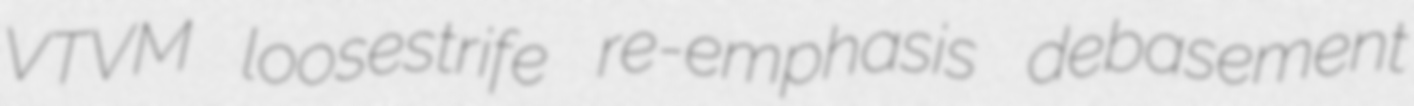
VTVM loosestrife re-emphasis debasement